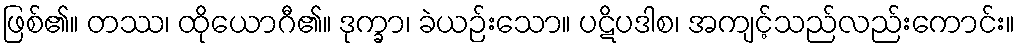
ဖြစ်၏။ တဿ၊ ထိုယောဂီ၏။ ဒုက္ခာ၊ ခဲယဉ်းသော။ ပဋိပဒါစ၊ အကျင့်သည်လည်းကောင်း။